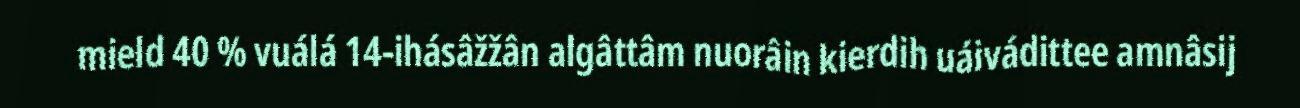
mield 40 % vuálá 14-ihásâžžân algâttâm nuorâin kierdih uáivádittee amnâsij